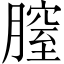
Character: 膣